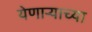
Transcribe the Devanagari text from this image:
येणार्‍याच्या